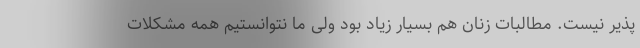
پذیر نیست. مطالبات زنان هم بسیار زیاد بود ولی ما نتوانستیم همه مشکلات